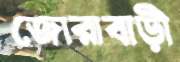
জোরাবাড়ী